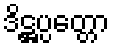
ဒိဋ္ဌပ္ပတ္တော